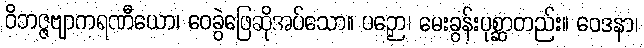
ဝိဘဇ္ဇဗျာကရဏီယော၊ ဝေခွဲဖြေဆိုအပ်သော။ ပဉှော၊ မေးခွန်းပုစ္ဆာတည်း။ ဝေဒနာ၊